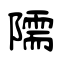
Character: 隭